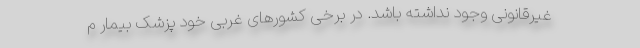
غیرقانونی وجود نداشته باشد. در برخی کشورهای غربی خود پزشک بیمار م